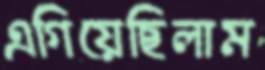
এগিয়েছিলাম